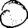
Digit: 0